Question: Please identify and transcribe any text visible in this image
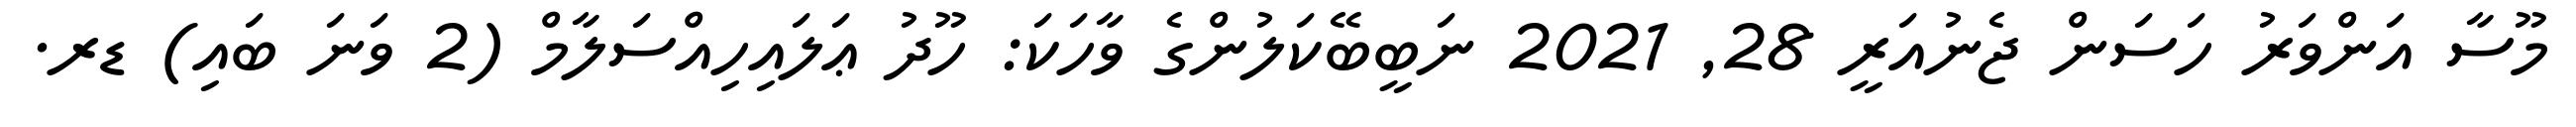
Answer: މޫސާ އަންވަރު ހަސަން ޖެނުއަރީ 28, 2021 ނަބީބޭކަލުންގެ ވާހަކަ: ހޫދު ޢަލައިހިއްސަލާމް (2 ވަނަ ބައި) ޑރ.